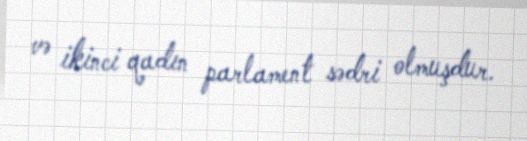
və ikinci qadın parlament sədri olmuşdur.